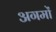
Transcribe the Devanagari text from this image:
अगमों